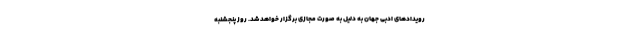
رویدادهای ادبی جهان به دلیل به صورت مجازی برگزار خواهد شد. روز پنجشنبه